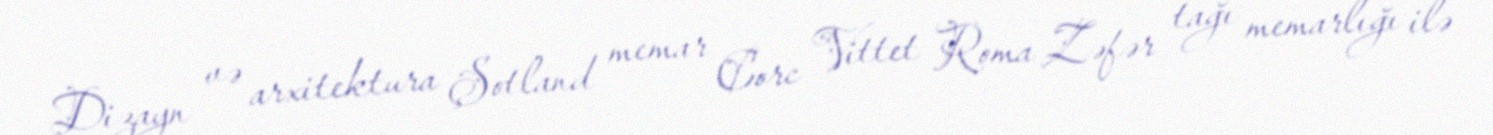
Dizayn və arxitektura Şotland memar Corc Vittet Roma Zəfər tağı memarlığı ilə